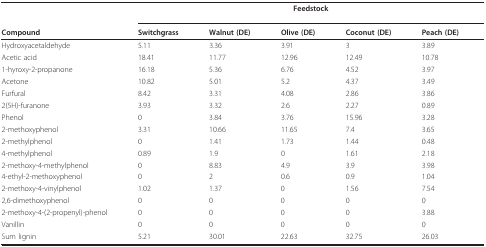
<table><thead><tr><td></td><td colspan="5"><b>Feedstock</b></td></tr><tr><td><b>Compound</b></td><td><b>Switchgrass</b></td><td><b>Walnut (DE)</b></td><td><b>Olive (DE)</b></td><td><b>Coconut (DE)</b></td><td><b>Peach (DE)</b></td></tr></thead><tbody><tr><td>Hydroxyacetaldehyde</td><td>5.11</td><td>3.36</td><td>3.91</td><td>3</td><td>3.89</td></tr><tr><td>Acetic acid</td><td>18.41</td><td>11.77</td><td>12.96</td><td>12.49</td><td>10.78</td></tr><tr><td>1-hyroxy-2-propanone</td><td>16.18</td><td>5.36</td><td>6.76</td><td>4.52</td><td>3.97</td></tr><tr><td>Acetone</td><td>10.82</td><td>5.01</td><td>5.2</td><td>4.37</td><td>3.49</td></tr><tr><td>Furfural</td><td>8.42</td><td>3.31</td><td>4.08</td><td>2.86</td><td>3.86</td></tr><tr><td>2(5H)-furanone</td><td>3.93</td><td>3.32</td><td>2.6</td><td>2.27</td><td>0.89</td></tr><tr><td>Phenol</td><td>0</td><td>3.84</td><td>3.76</td><td>15.96</td><td>3.28</td></tr><tr><td>2-methoxyphenol</td><td>3.31</td><td>10.66</td><td>11.65</td><td>7.4</td><td>3.65</td></tr><tr><td>2-methylphenol</td><td>0</td><td>1.41</td><td>1.73</td><td>1.44</td><td>0.48</td></tr><tr><td>4-methylphenol</td><td>0.89</td><td>1.9</td><td>0</td><td>1.61</td><td>2.18</td></tr><tr><td>2-methoxy-4-methylphenol</td><td>0</td><td>8.83</td><td>4.9</td><td>3.9</td><td>3.98</td></tr><tr><td>4-ethyl-2-methoxyphenol</td><td>0</td><td>2</td><td>0.6</td><td>0.9</td><td>1.04</td></tr><tr><td>2-methoxy-4-vinylphenol</td><td>1.02</td><td>1.37</td><td>0</td><td>1.56</td><td>7.54</td></tr><tr><td>2,6-dimethoxyphenol</td><td>0</td><td>0</td><td>0</td><td>0</td><td>0</td></tr><tr><td>2-methoxy-4-(2-propenyl)-phenol</td><td>0</td><td>0</td><td>0</td><td>0</td><td>3.88</td></tr><tr><td>Vanillin</td><td>0</td><td>0</td><td>0</td><td>0</td><td>0</td></tr><tr><td>Sum lignin</td><td>5.21</td><td>30.01</td><td>22.63</td><td>32.75</td><td>26.03</td></tr></tbody></table>